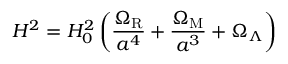
H ^ { 2 } = H _ { 0 } ^ { 2 } \left( \frac { \Omega _ { \mathrm { R } } } { a ^ { 4 } } + \frac { \Omega _ { \mathrm { M } } } { a ^ { 3 } } + \Omega _ { \Lambda } \right)